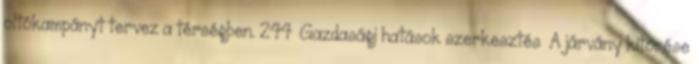
oltókampányt tervez a térségben. 244 Gazdasági hatások szerkesztés A járvány kitörése